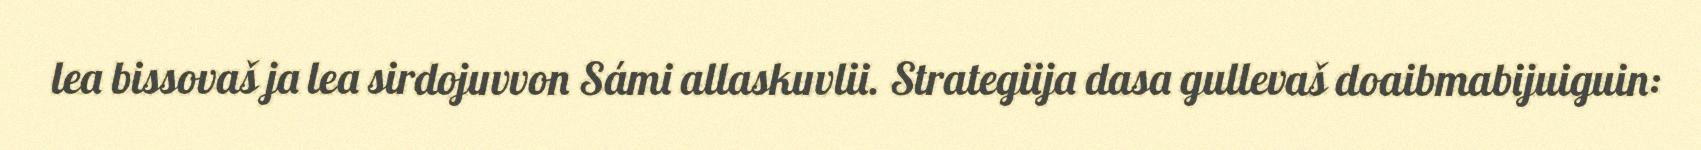
lea bissovaš ja lea sirdojuvvon Sámi allaskuvlii. Strategiija dasa gullevaš doaibmabijuiguin: